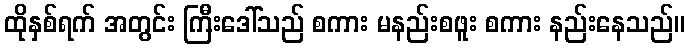
ထိုနှစ်ရက် အတွင်း ကြီးဒေါ်သည် စကား မနည်းစဖူး စကား နည်းနေသည်။